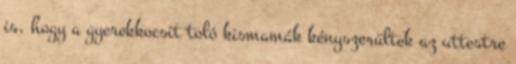
is, hogy a gyerekkocsit toló kismamák kényszerültek az uttestre